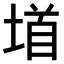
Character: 𫮐